Scottish Leaving Certificate Examination, 1957
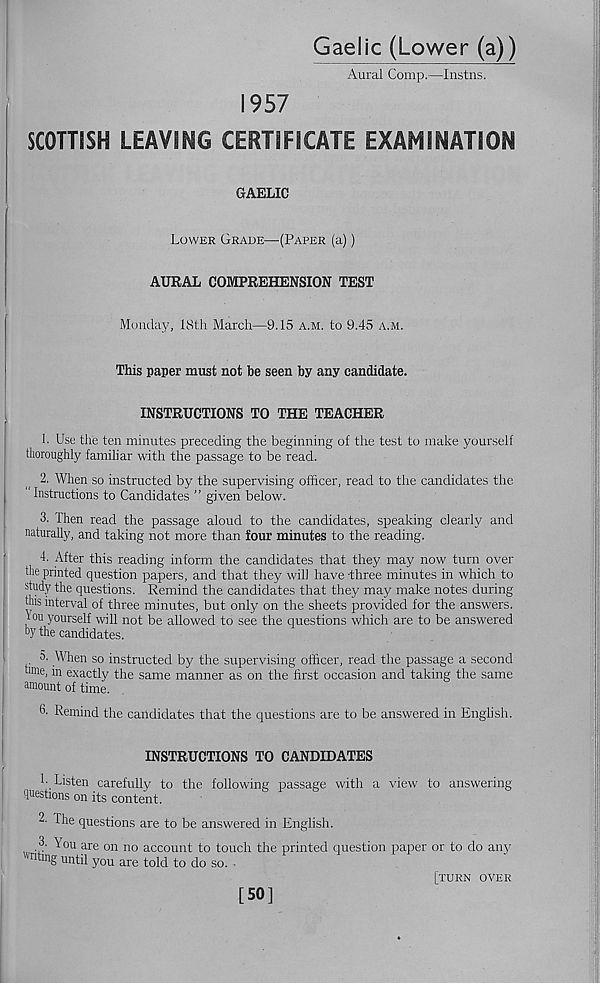
Gaelic (Lower (a))
Aural Comp.—Instns.
1957
SCOTTISH LEAVING CERTIFICATE EXAMINATION
GAELIC
Lower Grade—(Paper (a))
AURAL COMPREHENSION TEST
Monday, 18th March—9.15 a.m. to 9.45 a.m.
This paper must not be seen by any candidate.
INSTRUCTIONS TO THE TEACHER
h Use the ten minutes preceding the beginning of the test to make yourself
thoroughly familiar with the passage to be read.
2. When so instructed by the supervising officer, read to the candidates the
Instructions to Candidates ” given below.
3. Then read the passage aloud to the candidates, speaking clearly and
naturally, and taking not more than four minutes to the reading.
4. After this reading inform the candidates that they may now turn over
the printed question papers, and that they will have three minutes in which to
study the questions. Remind the candidates that they may make notes during
hiis interval of three minutes, but only on the sheets provided for the answers.
\ou yourself will not be allowed to see the questions which are to be answered
hy the candidates.
o. When so instructed by the supervising officer, read the passage a second
ume, in exactly the same manner as on the first occasion and taking the same
amount of time.
6. Remind the candidates that the questions are to be answered in English.
INSTRUCTIONS TO CANDIDATES
b Listen carefully to the following passage with a view to answering
questions on its content.
2- The questions are to be answered in English.
v ^o u are 011 no account to touch the printed question paper or to do any
n mg until you are told to do so. ■
[turn over
[50]